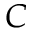
C